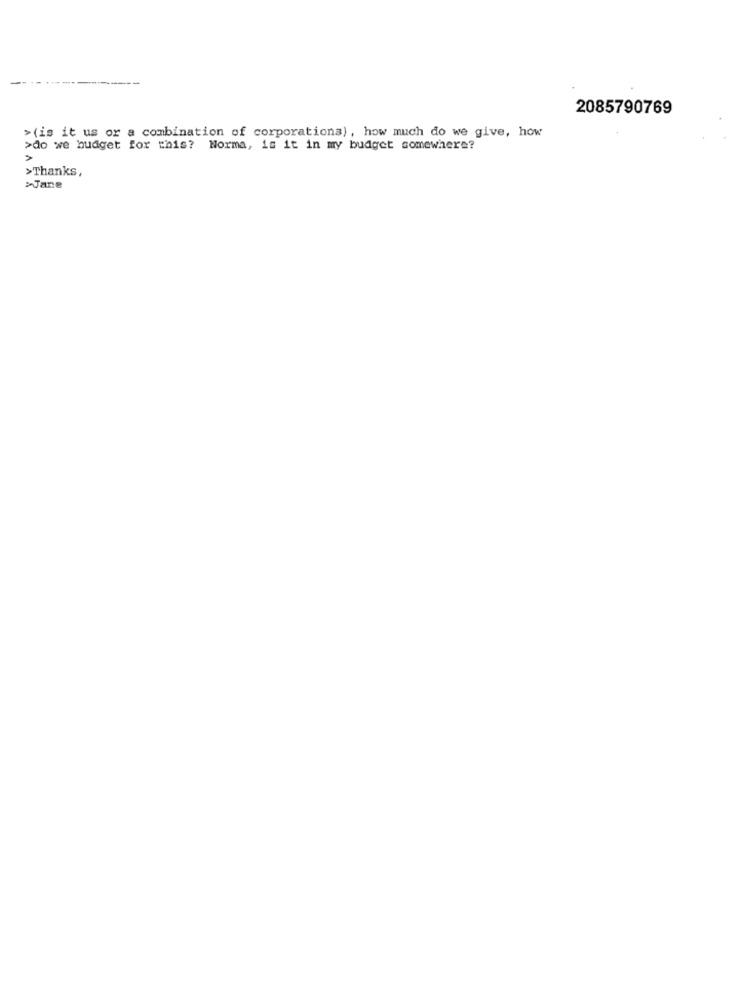
2085790769
> (is it us or a combination of corporations) , how much do we give, how
>do we budget for this? Norma, is it in my budget somewhere?
>Thanks,
>Jane